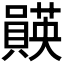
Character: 𫬡